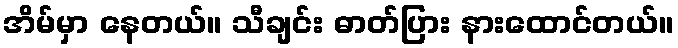
အိမ်မှာ နေတယ်။ သီချင်း ဓာတ်ပြား နားထောင်တယ်။